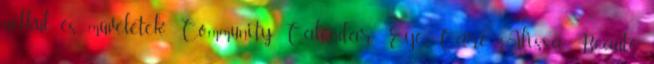
nélkül és műveletek;. Community Calendar. Eye Care Alissa Beauté